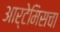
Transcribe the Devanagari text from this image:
आर्टेमिसचा